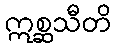
ဣစ္ဆသီတိ